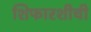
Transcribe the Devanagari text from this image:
शिफारशीची